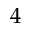
4